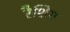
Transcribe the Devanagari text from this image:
रैशिग